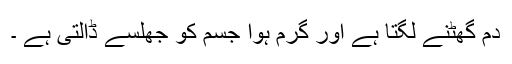
دم گھٹنے لگتا ہے اور گرم ہوا جسم کو جھلسے ڈالتی ہے ۔